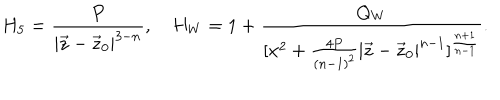
LaTeX: H _ { 5 } = { \frac { P } { | \vec { z } - \vec { z } _ { 0 } | ^ { 3 - n } } } , H _ { W } = 1 + { \frac { Q _ { W } } { [ x ^ { 2 } + { \frac { 4 P } { ( n - 1 ) ^ { 2 } } } | \vec { z } - \vec { z } _ { 0 } | ^ { n - 1 } ] ^ { \frac { n + 1 } { n - 1 } } } } .